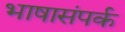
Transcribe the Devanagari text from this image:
भाषासंपर्क